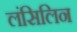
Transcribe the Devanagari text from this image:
लंसिलिन